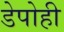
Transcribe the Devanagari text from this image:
डेपोही